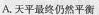
A.天平最终仍然平衡